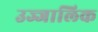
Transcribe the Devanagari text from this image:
उज्जालिक